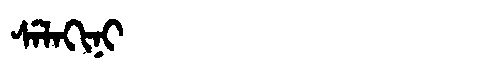
Manchu: ᠰᡝᠯᠠᡴᡳᠨᡳ
Romanization: SELAKINI